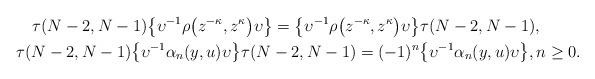
LaTeX: \begin{gather*}\tau(N-2,N-1) \big\{ \upsilon^{-1}\rho\big( z^{-\kappa },z^{\kappa}\big) \upsilon\big\} =\big\{ \upsilon^{-1}\rho\big(z^{-\kappa},z^{\kappa}\big) \upsilon\big\} \tau(N-2,N-1),\\\tau(N-2,N-1) \big\{ \upsilon^{-1}\alpha_{n} (y,u) \upsilon\big\} \tau(N-2,N-1) = (-1) ^{n}\big\{ \upsilon^{-1}\alpha_{n}(y,u)\upsilon\big\} ,n\geq0.\end{gather*}